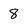
Character: 8